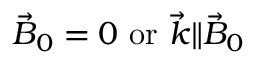
{ \vec { B } } _ { 0 } = 0 \ \mathrm { { o r } } \ { \vec { k } } \| { \vec { B } } _ { 0 }